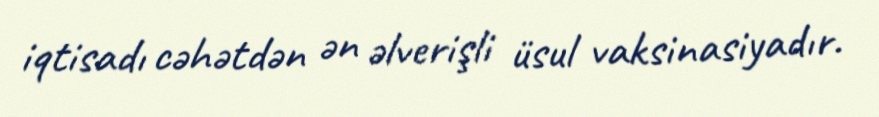
iqtisadı cəhətdən ən əlverişli üsul vaksinasiyadır.